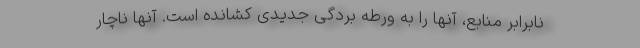
نابرابر منابع، آنها را به ورطه بردگی جدیدی کشانده است. آنها ناچار